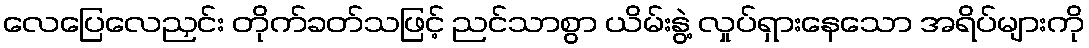
လေပြေလေညှင်း တိုက်ခတ်သဖြင့် ညင်သာစွာ ယိမ်းနွဲ့ လှုပ်ရှားနေသော အရိပ်များကို